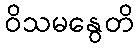
ဝိသမနွေတိ